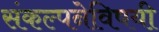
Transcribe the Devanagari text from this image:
संकल्पनेविषयी